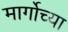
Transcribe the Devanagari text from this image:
मार्गोच्या